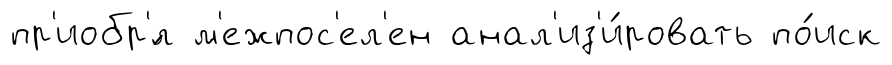
пр'иобр'́л м'ежпос'ел'ен анал'из'и́ровать по́иск